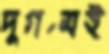
দুর্গমই